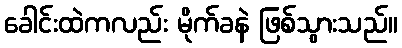
ခေါင်းထဲကလည်း မိုက်ခနဲ ဖြစ်သွားသည်။